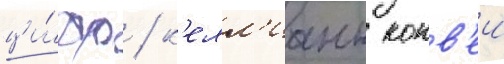
ци́фр / к'елл'ианн конв'еи